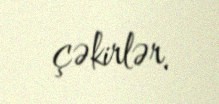
çəkirlər.